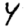
Digit: 4